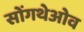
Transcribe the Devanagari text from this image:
सोंगथेओव